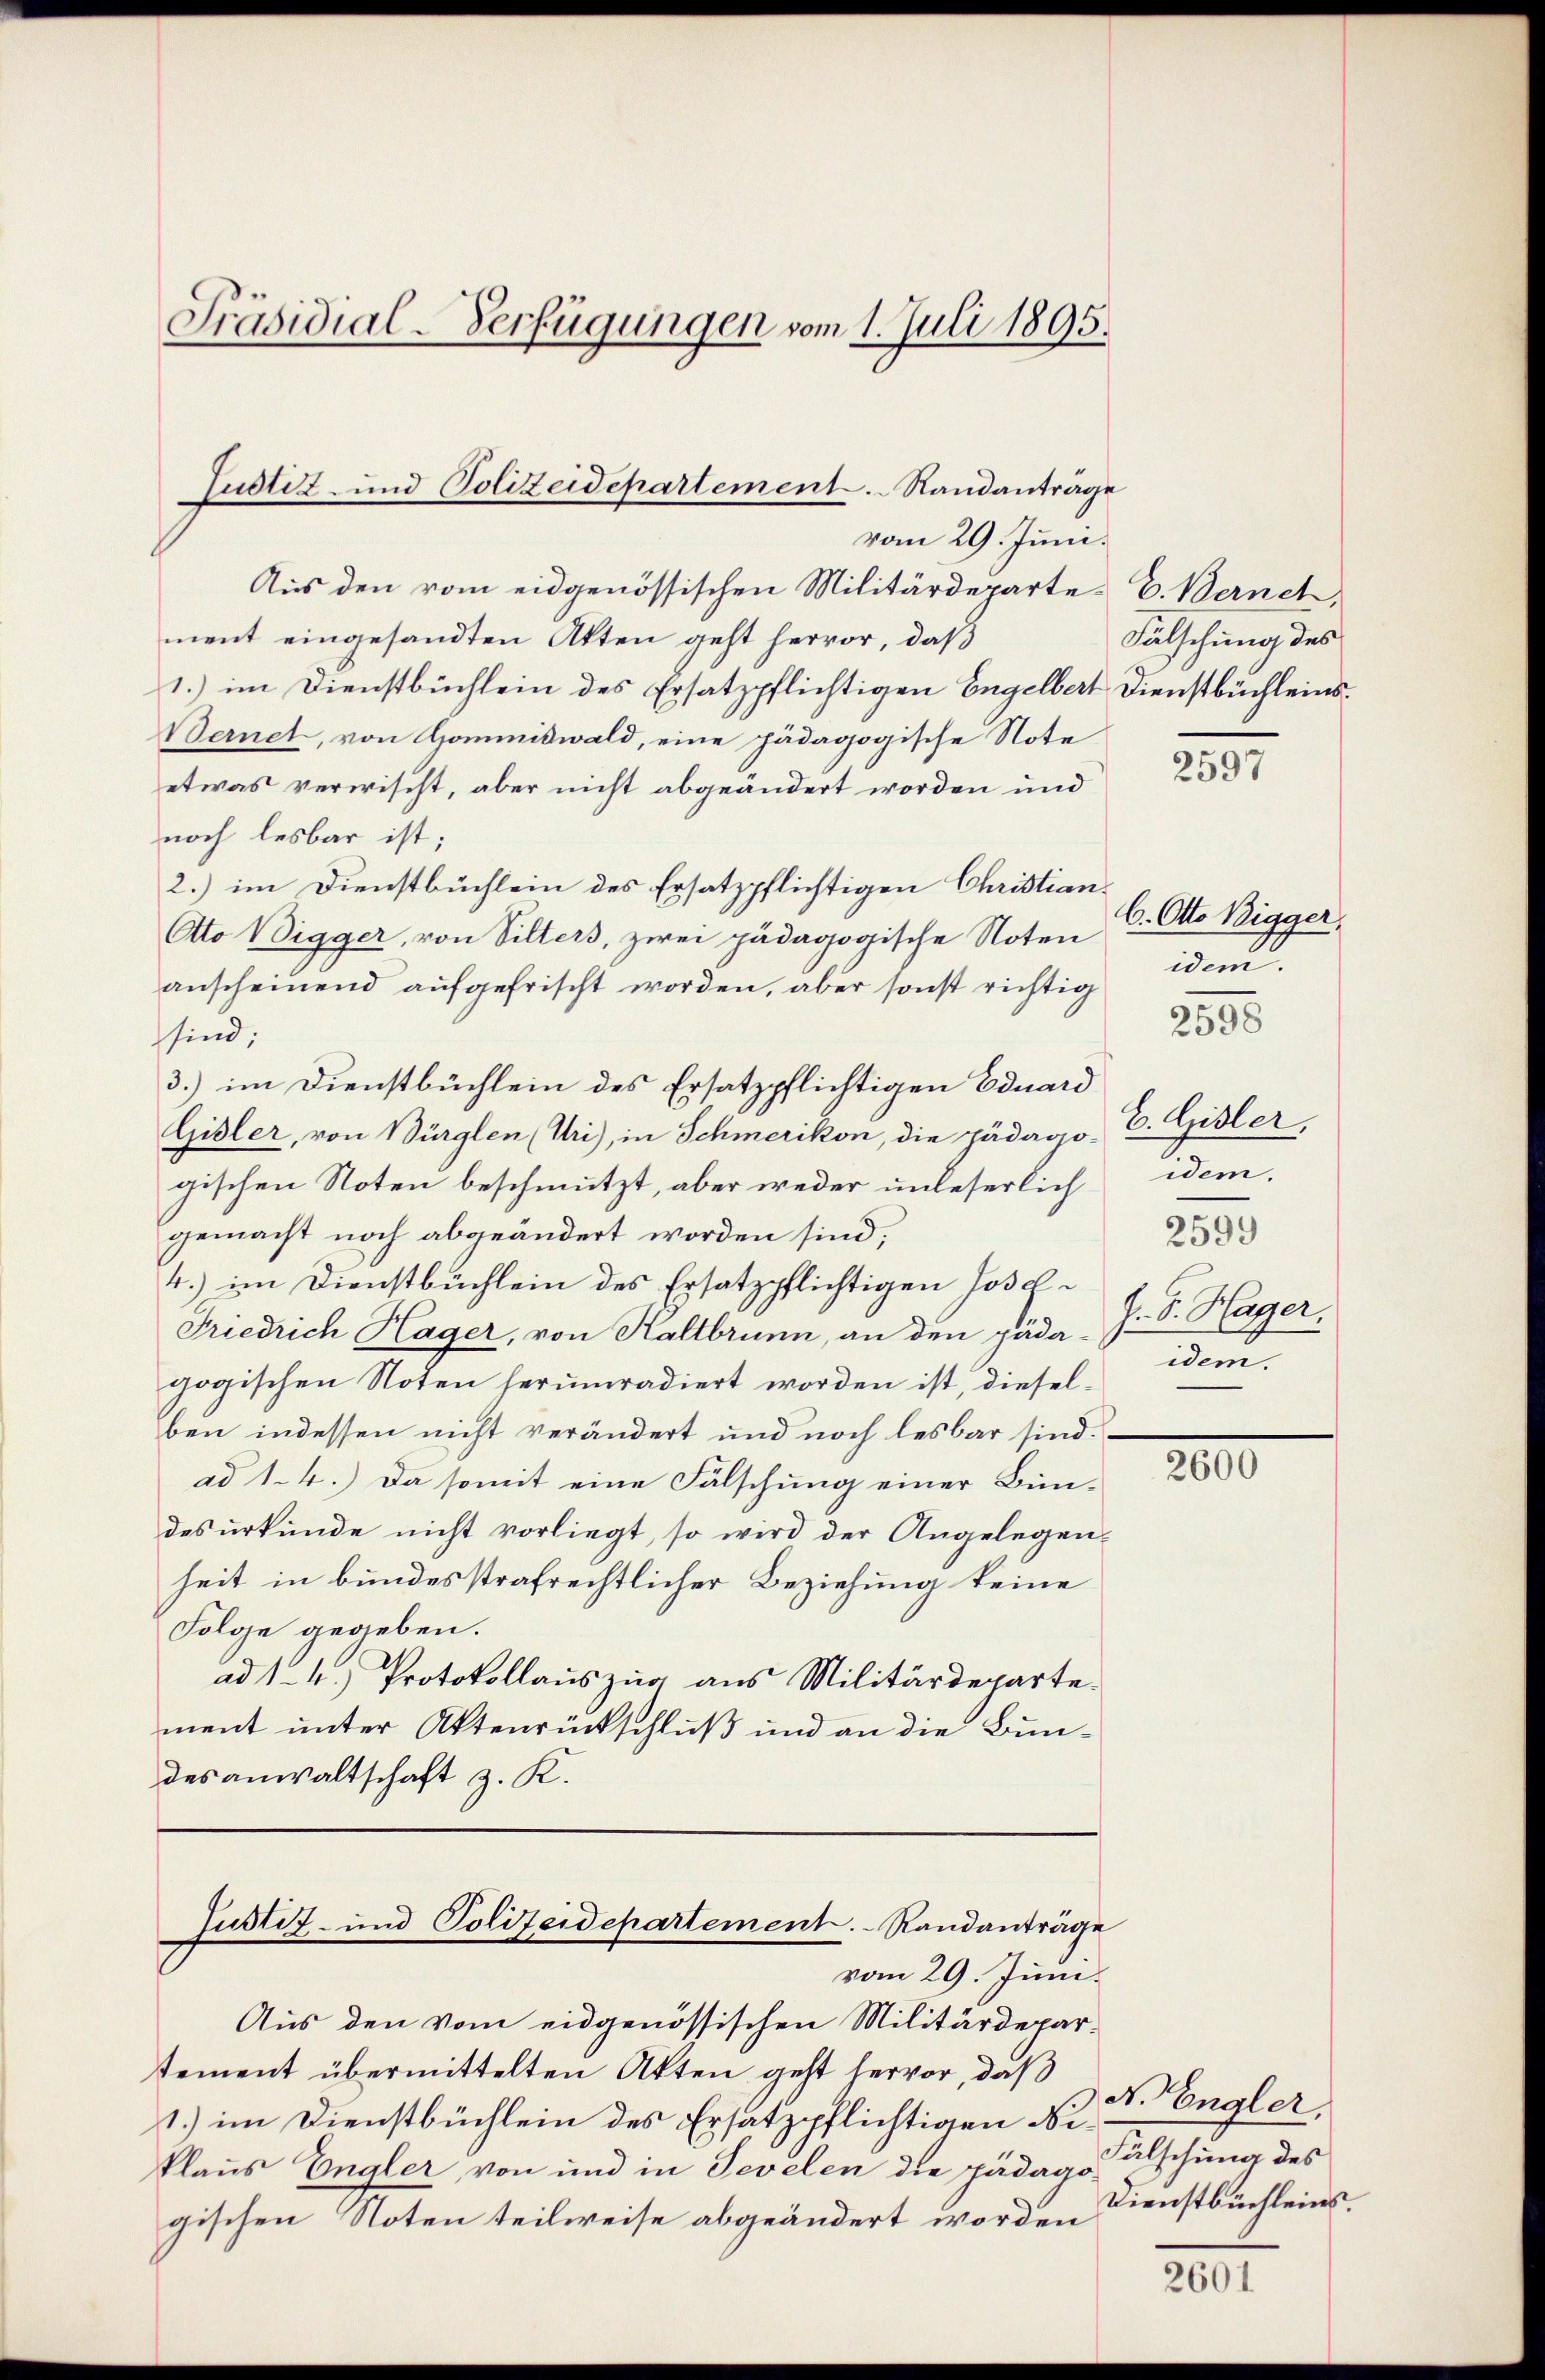
Präsidial-Verfügungen vom 1. Juli 1895.

Aus den vom eidgenössischen Militärdeparte. E. Berneh
ment eingesandten Akten geht hervor, daß
1.) im Dienstbüchlein des Ersatzpflichtigen Engelbert Dienstbüchleins.
Bernet, von Gommiswald, eine pädagogische Note
etwas verwischt, aber nicht abgeändert worden und
noch lesbar ist;
2.) im Dienstbüchlein des Ersatzpflichtigen Christian¬
Otto Wigger, von Sitters, zwei pädagogische Noten
anscheinend aufgefrischt worden, aber sonst richtig
sind;
3.) im Dienstbüchlein des Ersatzpflichtigen Eduard
Gisler, von Bürglen (Uri), in Schmerikon, die pädago-
gischen Noten beschmutzt, aber weder unleserlich
gemacht noch abgeändert worden sind;
4.) im Dienstbüchlein des Ersatzpflichtigen Josel¬
Friedrich Hager, von Kaltbrunn, an den päda-
gogischen Noten herumradiert worden ist, dieselben indessen nicht verändert und noch lesbar sind.
ad 1. 4.) Da somit eine Fälschung einer Bun-
desŭrkŭnde nicht vorliegt, so wird der Angelegen-
heit in bundesstrafrechtlicher Beziehung keine
Folge gegeben.
ad 1. 4.) Protokollauszug aus Militärdeparte.
ment unter Aktenrückschluß und an die Bundesanwaltschaft z. K.

Justiz- und Polizeidepartement. Sandanträge
vom 29. Juni.

Justiz- und Polizeidepartement. Randanträge
vom 29. Juni.

Aus den vom eidgenössischen Militärdepartement übermittelten Akten geht hervor, daß
1.) im Dienstbüchlein des Ersatzpflichtigen Niklaus Engler von und in Tevelen die pädago
gischen Noten teilweise abgeändert worden

Fälschung des

2597

6. Otto Bigger,
idem.
E. Gisler,
idem.
2599
J. F. Hager.
idem.

2598

2600

N. Engler,
Fälschung des
Dienstbüchleins.

2601